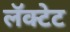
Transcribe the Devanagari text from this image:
लॅक्टेट